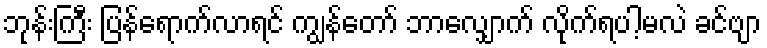
ဘုန်းကြီး ပြန်ရောက်လာရင် ကျွန်တော် ဘာလျှောက် လိုက်ရပါ့မလဲ ခင်ဗျာ